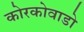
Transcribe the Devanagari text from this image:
कोरकोवाडो